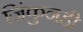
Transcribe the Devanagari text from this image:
जिंकुनही